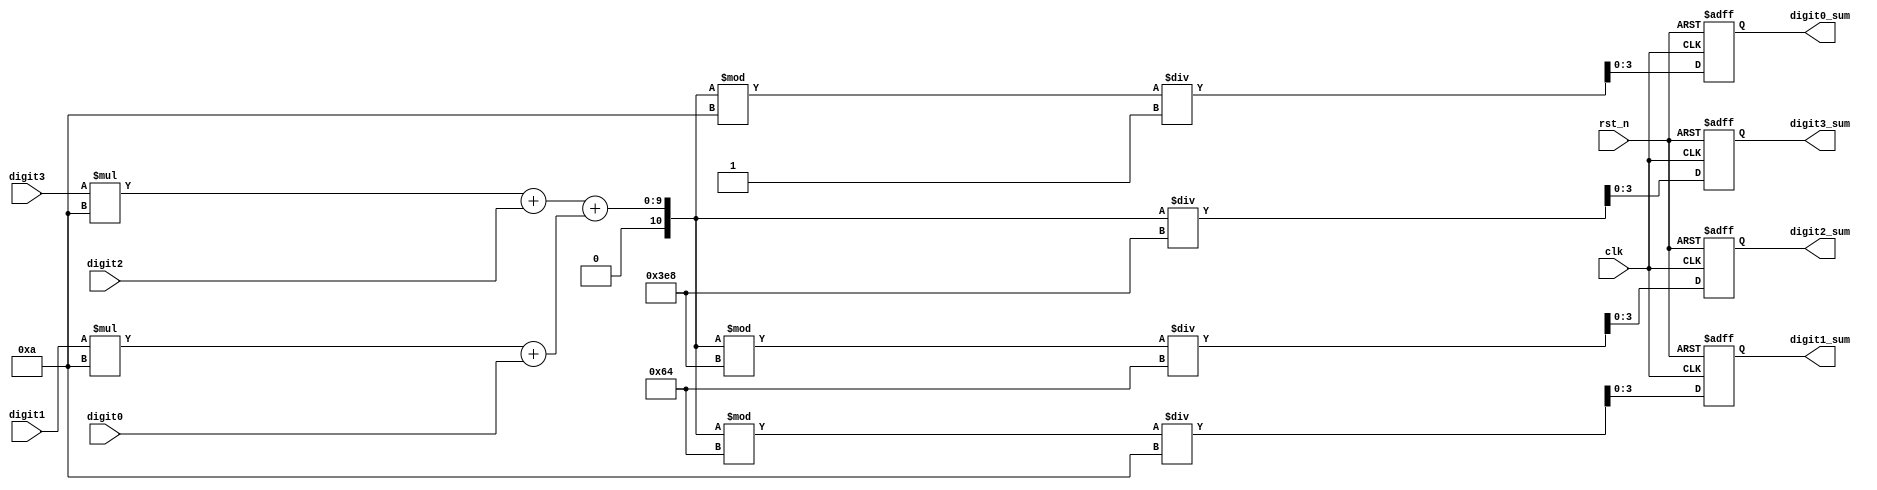
`timescale 1ns / 1ps
//////////////////////////////////////////////////////////////////////////////////
// Company: 
// Engineer: 
// 
// Design Name: 
// Module Name: Sum
// Project Name: 
// Target Devices: 
// Tool Versions: 
// Description: 
// 
// Dependencies: 
// 
// Revision:
// Revision 0.01 - File Created
// Additional Comments:
// 
//////////////////////////////////////////////////////////////////////////////////


module Sum(
    input clk,
    input rst_n,
    input [3:0] digit3,
    input [3:0] digit2,
    input [3:0] digit1,
    input [3:0] digit0,
    output reg [3:0] digit3_sum,
    output reg [3:0] digit2_sum,
    output reg [3:0] digit1_sum,
    output reg [3:0] digit0_sum
    );
    
    wire [10:0] sum_tmp1,sum_tmp0;
    wire [10:0] sum_total;
    wire [3:0] next_digit3_sum,next_digit2_sum,next_digit1_sum,next_digit0_sum;

     assign sum_tmp1 = digit3 * (4'd10) + digit2;
     assign sum_tmp0 = digit1 * (4'd10) + digit0;
     assign sum_total = sum_tmp1 + sum_tmp0; 
     
     assign next_digit3_sum = sum_total/1000;
     assign next_digit2_sum = (sum_total%1000)/100;
     assign next_digit1_sum = (sum_total%100)/10;
     assign next_digit0_sum = (sum_total%10)/1;


always @(posedge clk or negedge rst_n)
begin
  if (~rst_n)
  begin
    digit3_sum <= 4'b0000;
    digit2_sum <= 4'b0000;
    digit1_sum <= 4'b0000;
    digit0_sum <= 4'b0000;
    end
  else
  begin
    digit3_sum <= next_digit3_sum;
    digit2_sum <= next_digit2_sum;
    digit1_sum <= next_digit1_sum;
    digit0_sum <= next_digit0_sum;
  end
end
    
    
endmodule